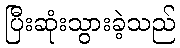
ပြီးဆုံးသွားခဲ့သည်